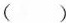
（）